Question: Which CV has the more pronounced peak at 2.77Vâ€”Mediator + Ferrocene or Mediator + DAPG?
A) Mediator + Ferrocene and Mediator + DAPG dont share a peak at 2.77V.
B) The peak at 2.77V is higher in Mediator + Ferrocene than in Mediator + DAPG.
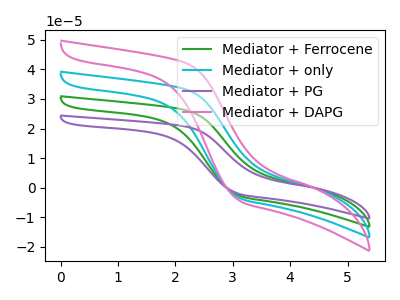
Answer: <think>The green curve "Mediator + Ferrocene" has no peaks. The cyan curve "Mediator + only" has no peaks. The purple curve "Mediator + PG" has no peaks. The pink curve "Mediator + DAPG" has no peaks.</think>
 <answer>A) "Mediator + Ferrocene" and "Mediator + DAPG" dont share a peak at 2.77V.</answer>
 <eval>A</eval>